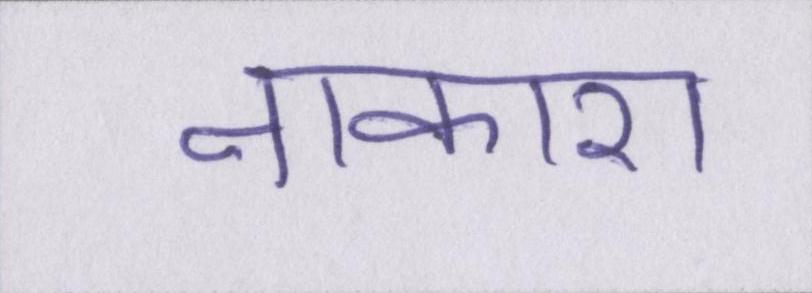
नाकारा